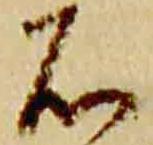
石